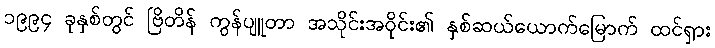
၁၉၉၄ ခုနှစ်တွင် ဗြိတိန် ကွန်ပျူတာ အသိုင်းအဝိုင်း၏ နှစ်ဆယ်ယောက်မြောက် ထင်ရှား